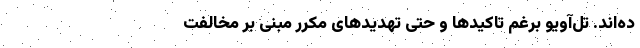
ده‌اند. تل‌آویو برغم تاکید‌ها و حتی تهدید‌های مکرر مبنی بر مخالفت